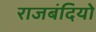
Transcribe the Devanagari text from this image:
राजबंदियो